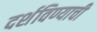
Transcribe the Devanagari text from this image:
दर्शविण्याची